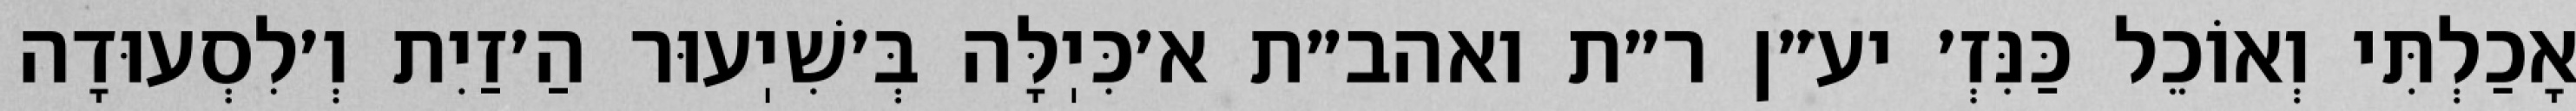
אָכַלְתִּי וְאוֹכֵל כַּנִּזְ׳ יע״ן ר״ת ואהב״ת א׳כִּיֽלָּה בְּ׳שִׁיֽעוּר הַ׳זַיִת וְ׳לִסְעוּדָה